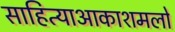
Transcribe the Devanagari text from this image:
साहित्याआकाशमलो